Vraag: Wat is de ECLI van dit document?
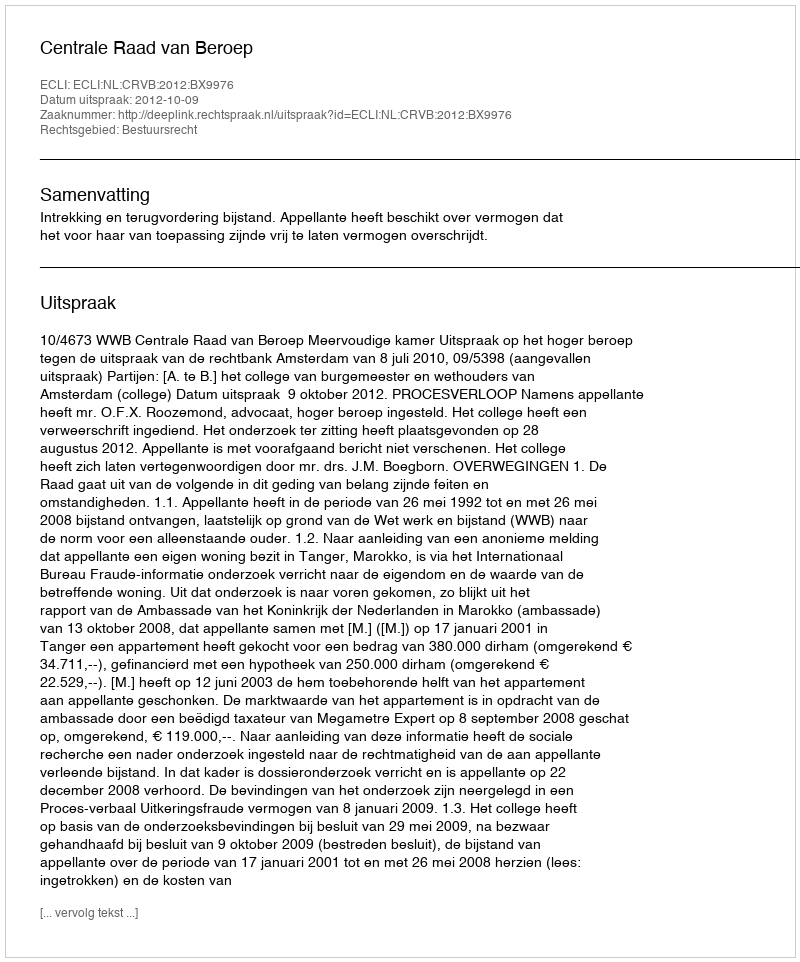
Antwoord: ECLI:NL:CRVB:2012:BX9976